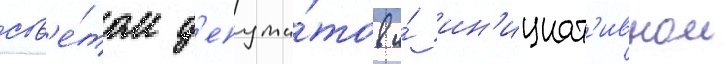
сов'е́том д'епута́тов и́ ин'ициат'ивнои